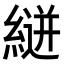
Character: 𮈴